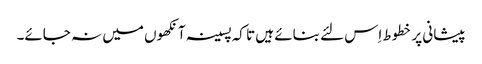
پیشانی پر خطوط اِس لئے بنائے ہیں تا کہ پسینہ آنکھوں میں نہ جائے۔